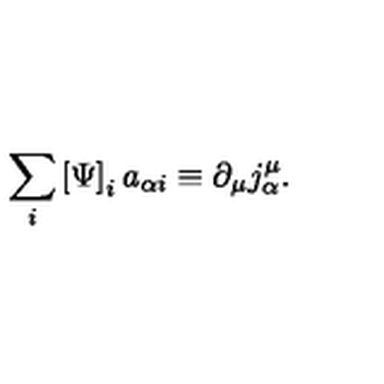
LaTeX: \sum _ { i } \left[ \Psi \right] _ { i } a _ { \alpha i } \equiv \partial _ { \mu } j _ { \alpha } ^ { \mu } .